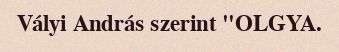
Vályi András szerint "OLGYA.